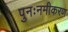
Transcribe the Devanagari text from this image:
पुनःनमीकरण